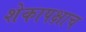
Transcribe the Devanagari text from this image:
शेकापक्षाच